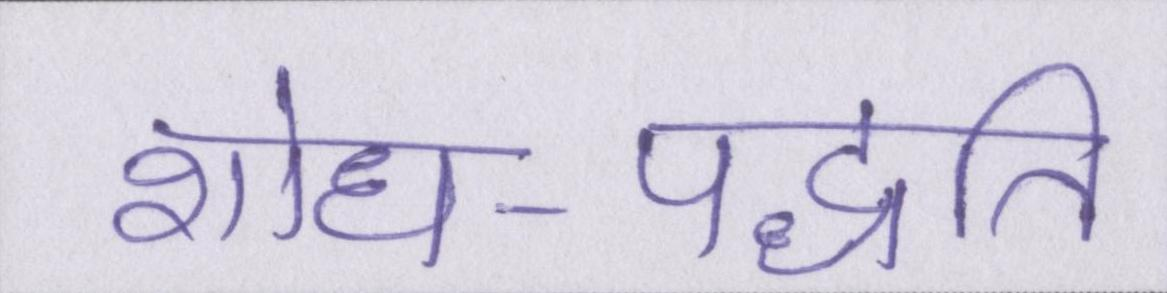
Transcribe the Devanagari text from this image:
शोध-पद्धति